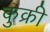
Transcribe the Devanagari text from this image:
कुक्री